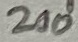
Text: 210